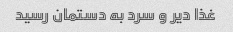
غذا دیر و سرد به دستمان رسید